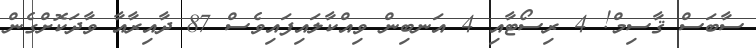
ސާބަސް ޤާސިމް! 4 ރިސޯޓާއި 4 އަނބިން ވިއްކާލައިފައިވެސް 87 ދާއިރާއާ ވާދަކޮށްގެން